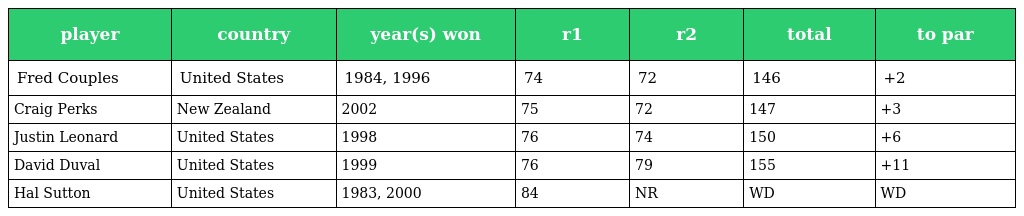
| player | country | year(s) won | r1 | r2 | total | to par |
 | --- | --- | --- | --- | --- | --- | --- |
 | Fred Couples | United States | 1984, 1996 | 74 | 72 | 146 | +2 |
 | Craig Perks | New Zealand | 2002 | 75 | 72 | 147 | +3 |
 | Justin Leonard | United States | 1998 | 76 | 74 | 150 | +6 |
 | David Duval | United States | 1999 | 76 | 79 | 155 | +11 |
 | Hal Sutton | United States | 1983, 2000 | 84 | NR | WD | WD |